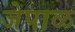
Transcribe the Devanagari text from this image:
जेपाळ